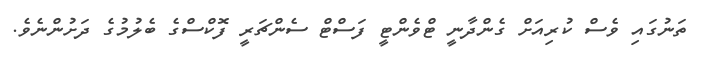
ތަނުގައި ވެސް ކުރިއަށް ގެންދާނީ ޓްވެންޓީ ފަސްޓް ސެންޗަރީ ފޮކްސްގެ ބެލުމުގެ ދަށުންނެވެ.